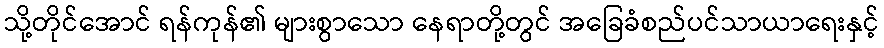
သို့တိုင်အောင် ရန်ကုန်၏ များစွာသော နေရာတို့တွင် အခြေခံစည်ပင်သာယာရေးနှင့်